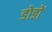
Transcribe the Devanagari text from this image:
डोडों